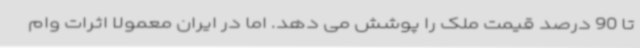
تا 90 درصد قیمت ملک را پوشش می دهد. اما در ایران معمولاً اثرات وام